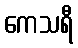
ကေသရီ